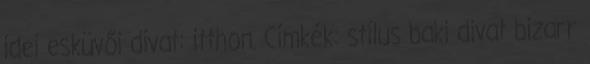
idei esküvői divat: itthon. Címkék: stílus baki divat bizarr